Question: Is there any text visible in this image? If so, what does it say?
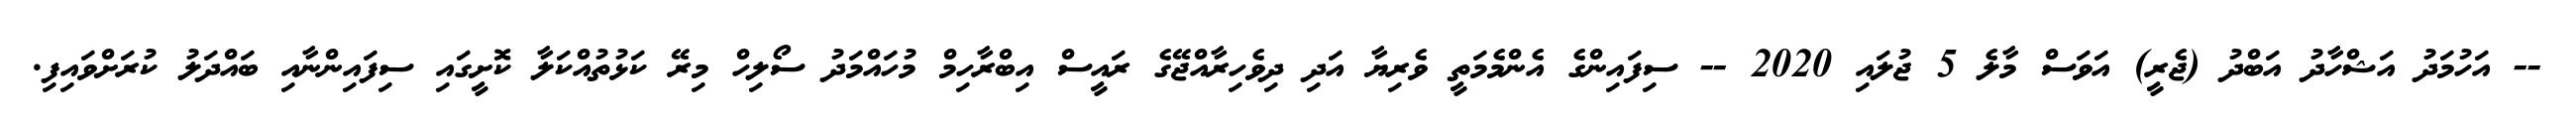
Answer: -- އަހުމަދު އަޝްހާދު އަބްދު (ޖެރީ) އަވަސް މާލެ 5 ޖުލައި 2020 -- ސިފައިންގެ އެންމެމަތީ ވެރިޔާ އަދި ދިވެހިރާއްޖޭގެ ރައީސް އިބްރާހިމް މުހައްމަދު ސޯލިހް މިރޭ ކަޅުތުއްކަލާ ކޮށީގައި ސިފައިންނާއި ބައްދަލު ކުރަށްވައިފި.